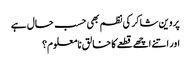
پروین شاکر کی نظم بھی حسب حال ہے
اور اتنے اچھے قطعے کا خالق نامعلوم؟